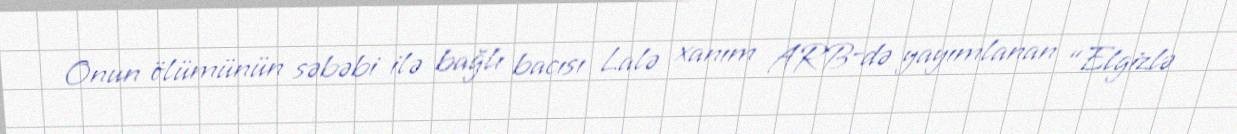
Onun ölümünün səbəbi ilə bağlı bacısı Lalə xanım ARB-də yayımlanan “Elgizlə